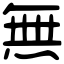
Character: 無